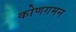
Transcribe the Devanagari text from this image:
कोणगमन